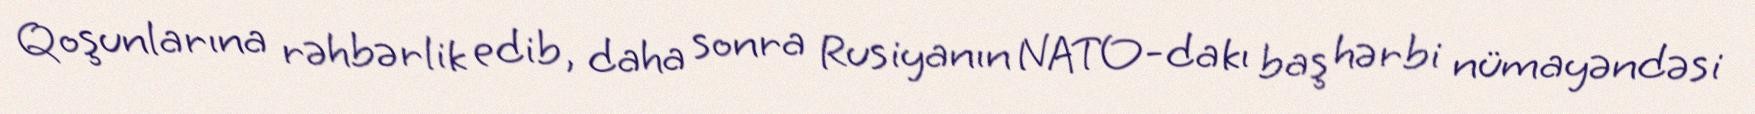
Qoşunlarına rəhbərlik edib, daha sonra Rusiyanın NATO-dakı baş hərbi nümayəndəsi